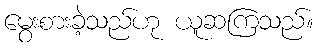
မွေးစားခဲ့သည်ဟု ယူဆကြသည်။